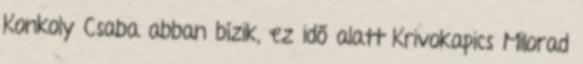
Konkoly Csaba abban bízik, ez idő alatt Krivokapics Milorad